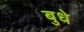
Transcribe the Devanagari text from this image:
बुधे